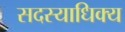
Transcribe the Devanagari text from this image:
सदस्याधिक्य